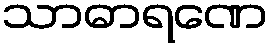
သာဓာရဏေ